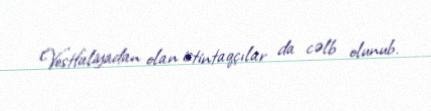
Vestfaliyadan olan istintaqçılar da cəlb olunub.